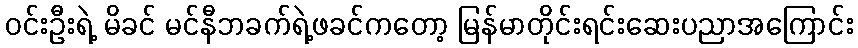
ဝင်းဦးရဲ့ မိခင် မင်နီဘခက်ရဲ့ဖခင်ကတော့ မြန်မာတိုင်းရင်းဆေးပညာအကြောင်း